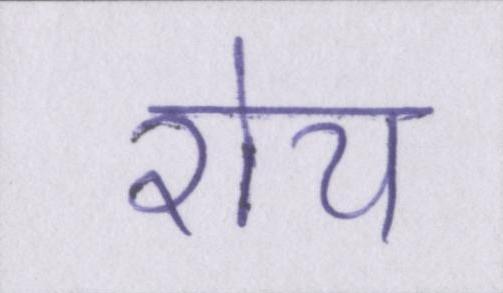
रोय